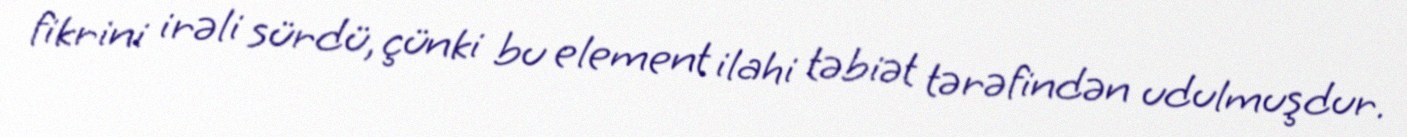
fikrini irəli sürdü, çünki bu element ilahi təbiət tərəfindən udulmuşdur.